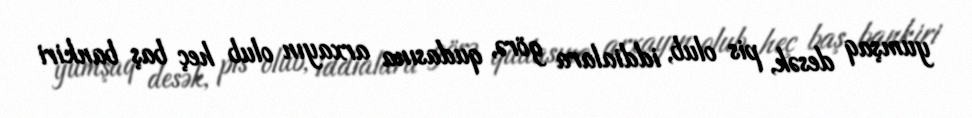
yumşaq desək, pis olub, iddialara görə, qudasına arxayın olub heç baş bankiri